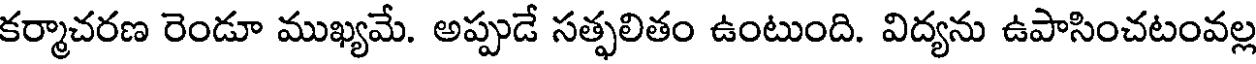
కర్మాచరణ రెండూ ముఖ్యమే. అప్పుడే సత్ఫలితం ఉంటుంది. విద్యను ఉపాసించటంవల్ల